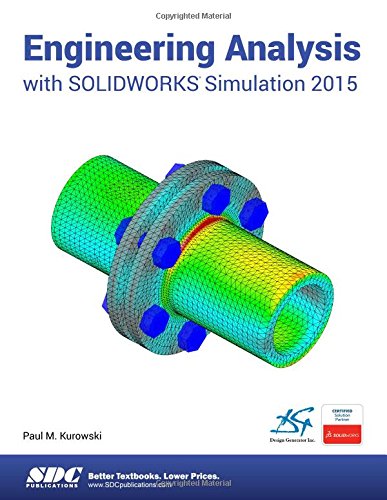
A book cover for Engineering Analysis with SOLIDWORKS Simulation 2015; Paul Kurowski; Engineering & Transportation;